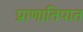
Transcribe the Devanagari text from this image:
प्राणातिपात